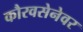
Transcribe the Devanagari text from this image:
कौरवसेनेवर